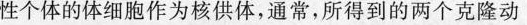
性个体和雄性个体的体细胞作为核供体，通常，所得到的两个克隆动